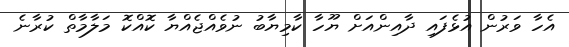
އެހާ ވަރުން އުޅެފައި ދާއިންއަށް ޔޫހާ ކާމިޔާބު ނުވެއްޖެއްޔާ ކޮއްކޮ މަލާމާތް ކުރާނެ